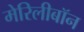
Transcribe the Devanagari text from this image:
मेरिलीबॉन